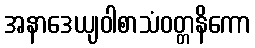
အနာဒေယျဝါစာသံဝတ္တနိကော